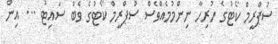
ސުޕްރީމް ކޯޓުގެ ހުރިހާ ނިންމުމެއްވެސް ސުޕްރީމް ކޯޓުގެ ވެބް ސައިޓު ... އިން